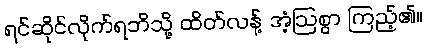
ရင်ဆိုင်လိုက်ရဘိသို့ ထိတ်လန့် အံ့ဩစွာ ကြည့်၏။